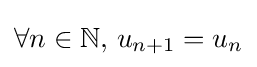
\forall n\in \mathbb {N} ,\,u_{n+1}=u_{n}